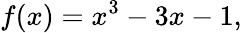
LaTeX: f(x)=x^{3}-3x-1,